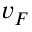
v _ { F }